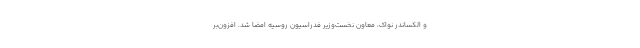
و الکساندر نواک، معاون نخست‌وزیر فدراسیون روسیه امضا شد. افزون‌بر